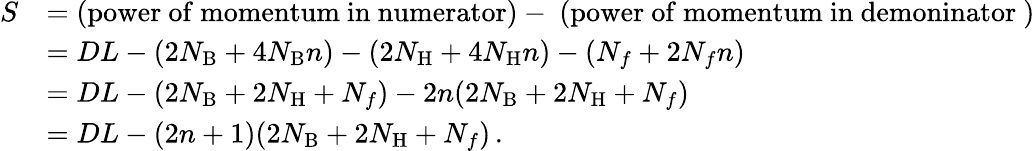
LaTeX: \begin{array}{rl}{S}&{=\mathrm{(power~of~momentum~in~numerator)-~(power~of~momentum~in~demoninator~)}}\\ &{=DL-(2N_{\mathrm{B}}+4N_{\mathrm{B}}n)-(2N_{\mathrm{H}}+4N_{\mathrm{H}}n)-(N_{f}+2N_{f}n)}\\ &{=DL-(2N_{\mathrm{B}}+2N_{\mathrm{H}}+N_{f})-2n(2N_{\mathrm{B}}+2N_{\mathrm{H}}+N_{f})}\\ &{=DL-(2n+1)(2N_{\mathrm{B}}+2N_{\mathrm{H}}+N_{f})\, .}\end{array}